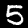
Digit: 5